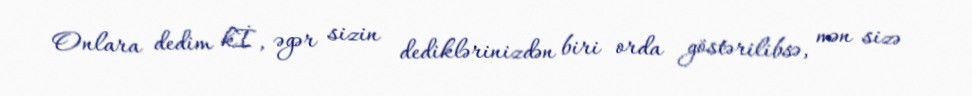
Onlara dedim kİ, əgər sizin dediklərinizdən biri orda göstərilibsə, mən sizə